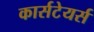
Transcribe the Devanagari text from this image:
कार्सटेयर्स